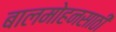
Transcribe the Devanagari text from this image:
बालमोहनसाठी